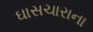
ઘાસચારાના